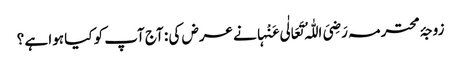
زوجۂ محترمہ رَضِیَ اللّٰہُ تَعَالٰی عَنْہانے عرض کی : آج آپ کو کیا ہوا ہے ؟